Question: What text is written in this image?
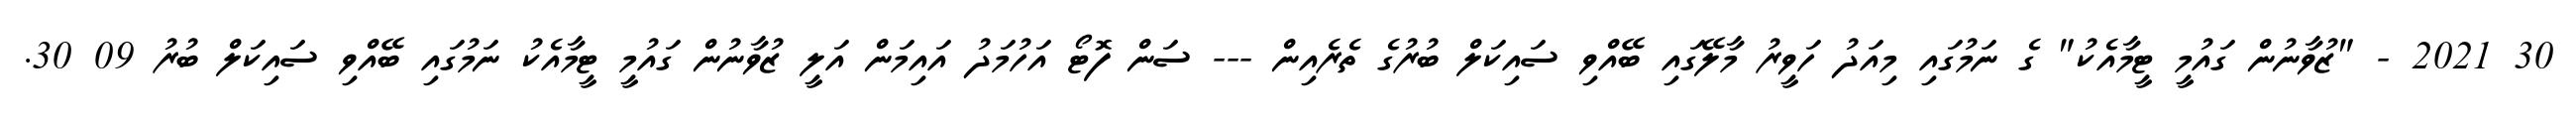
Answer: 30 2021 - "ޒުވާނުން ގައުމީ ޓީމާއެކު" ގެ ނަމުގައި މިއަދު ހަވީރު މާލޭގައި ބޭއްވި ސައިކަލް ބުރުގެ ތެރެއިން --- ސަން ފޮޓޯ އަހުމަދު އައިމަން އަލީ ޒުވާނުން ގައުމީ ޓީމާއެކު ނަމުގައި ބޭއްވި ސައިކަލް ބުރު 09 30.